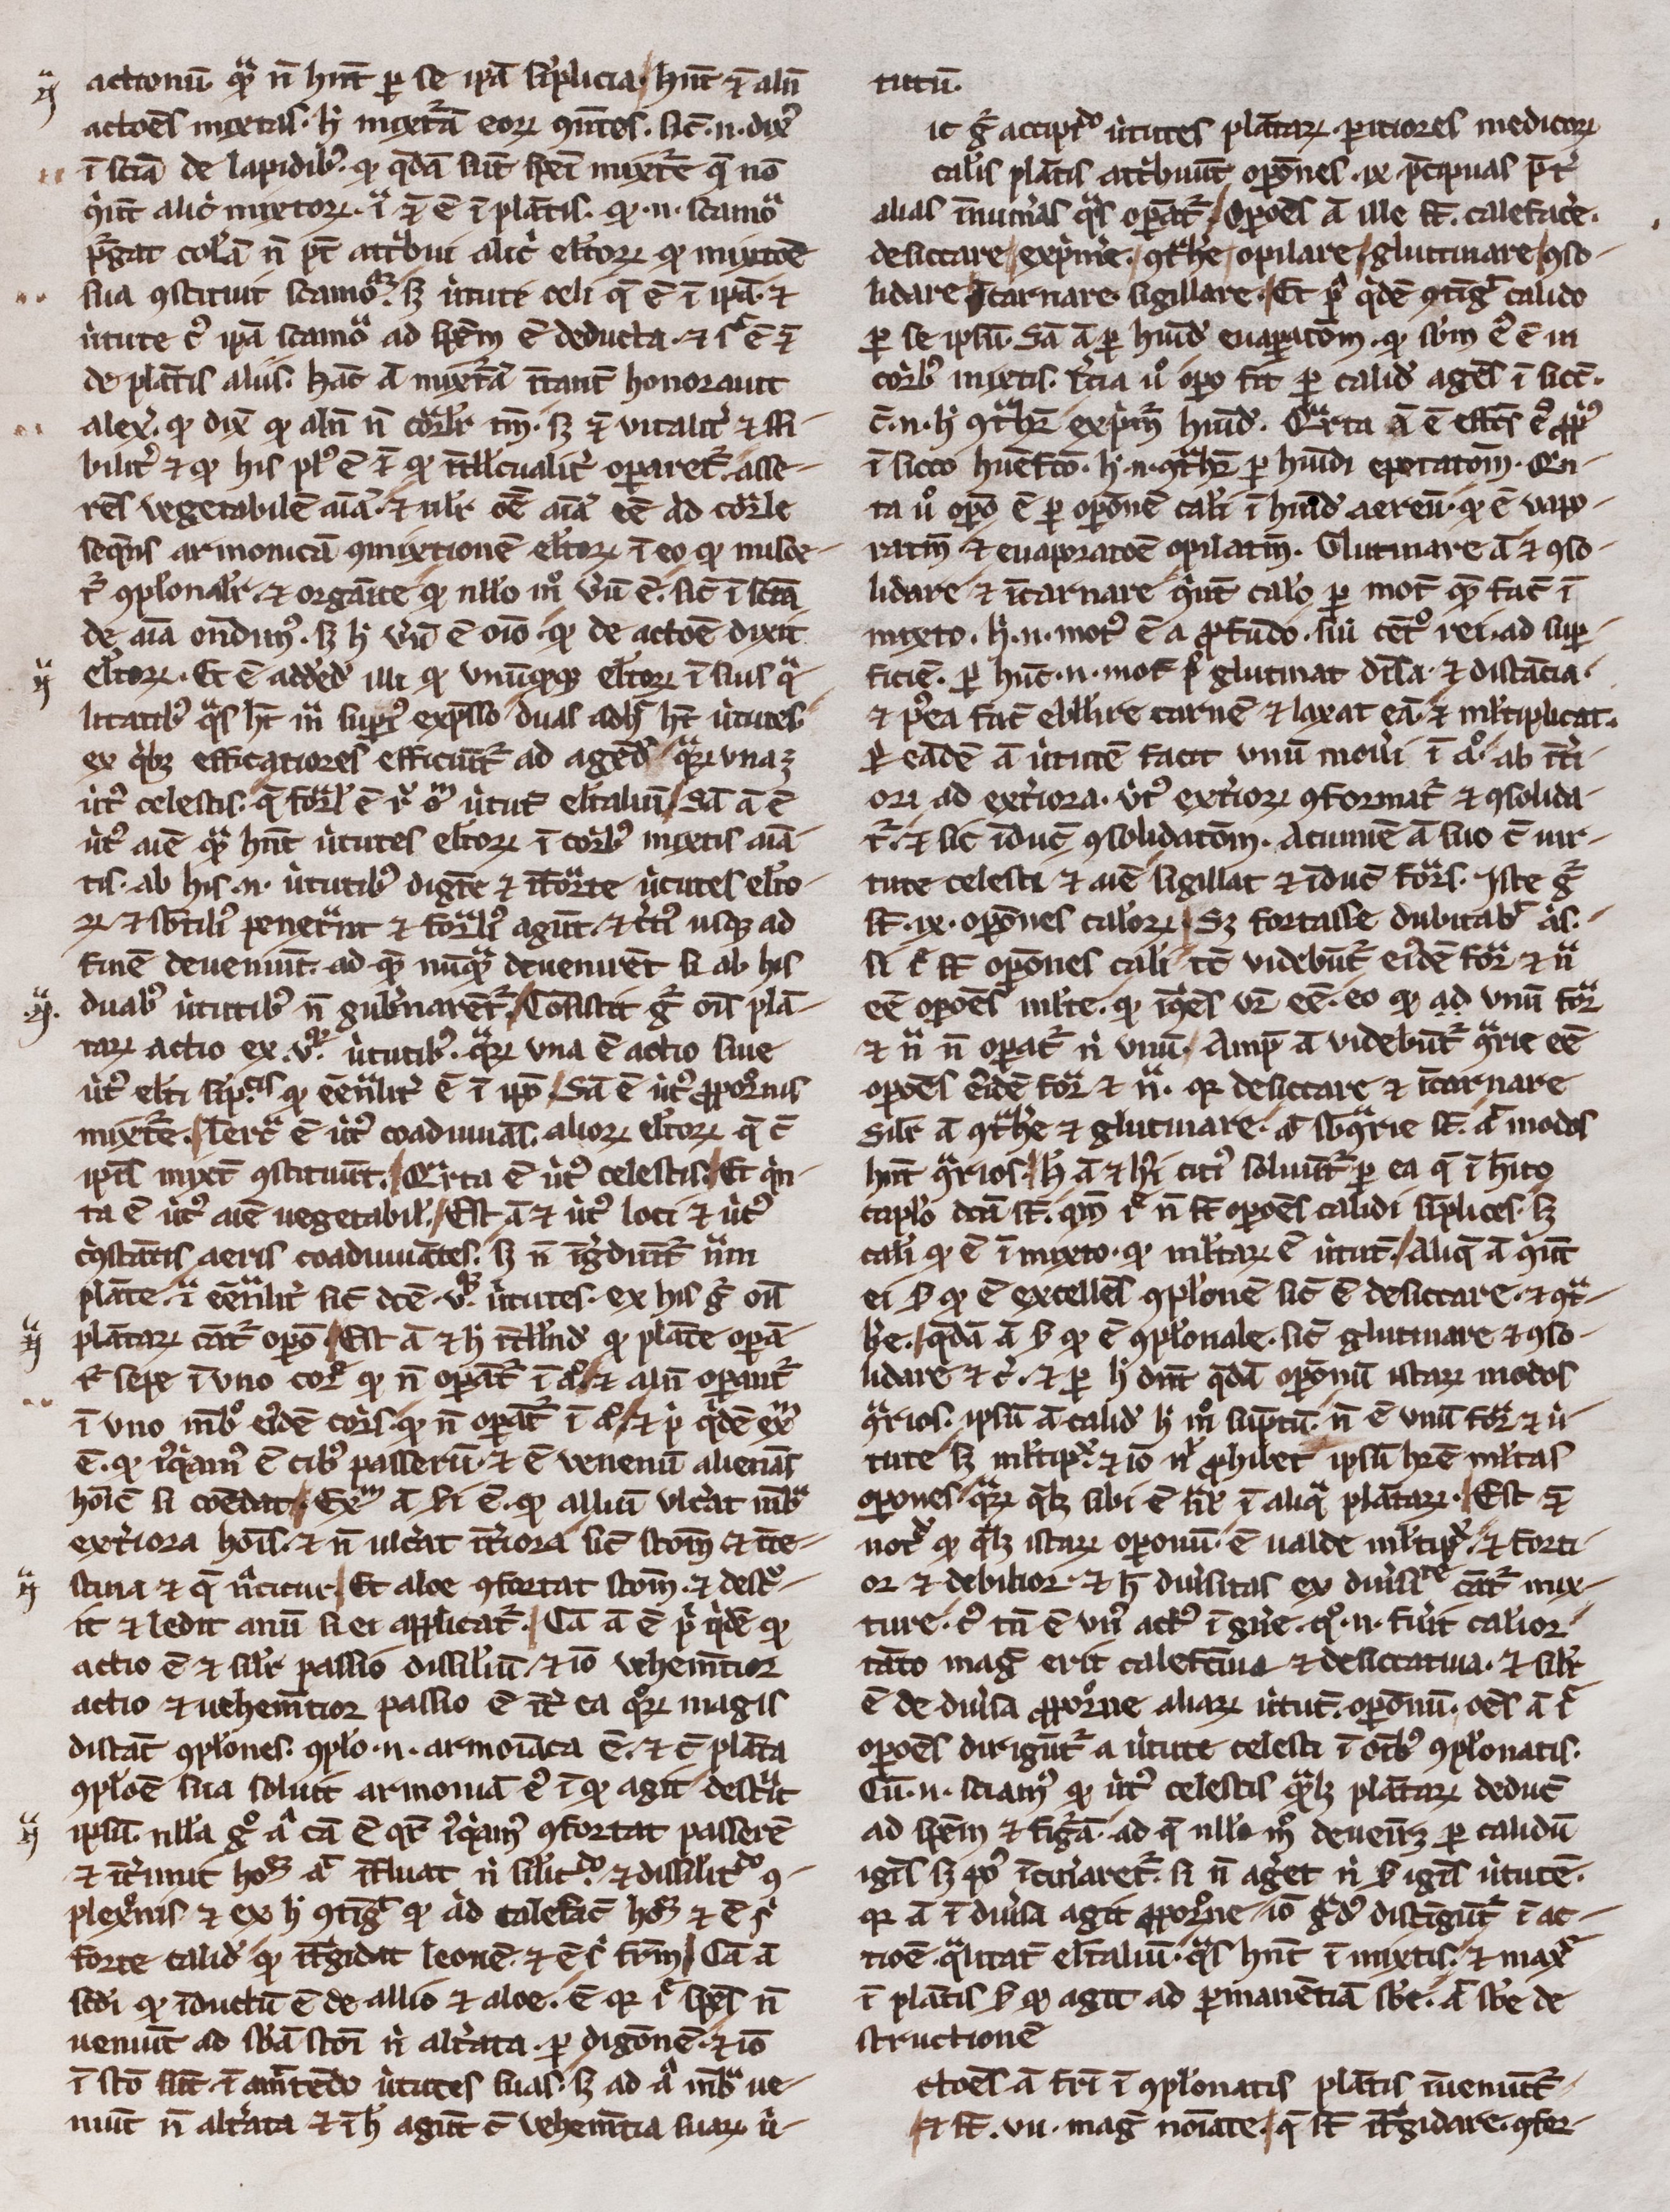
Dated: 1300–1399